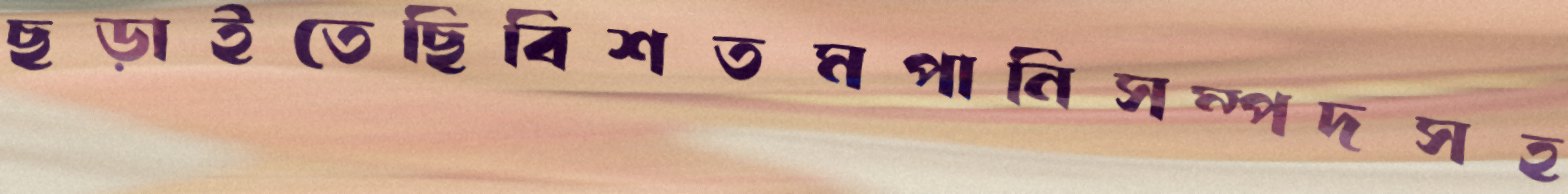
ছড়াইতেছিবিশতমপানিসম্পদসহ